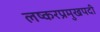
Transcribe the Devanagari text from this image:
लष्करप्रमुखपदी